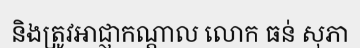
និងត្រូវអាជ្ញាកណ្តាល លោក ធន់ សុភា